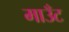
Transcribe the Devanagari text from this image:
माउँट